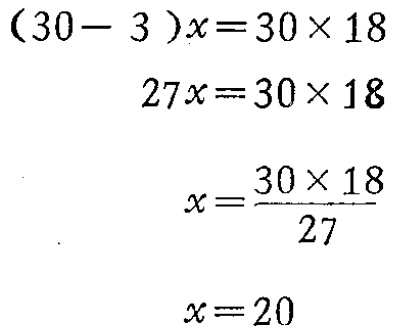
\[
\begin{align*}
(30 - 3)x&=30\times18\\
27x&=30\times18\\
x&=\frac{30\times18}{27}\\
x&=20
\end{align*}
\]